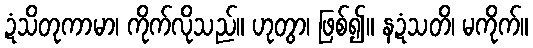
ဍံသိတုကာမာ၊ ကိုက်လိုသည်။ ဟုတွာ၊ ဖြစ်၍။ နဍံသတိ၊ မကိုက်။